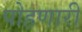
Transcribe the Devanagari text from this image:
पोहणारी